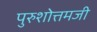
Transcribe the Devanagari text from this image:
पुरुशोत्तमजी